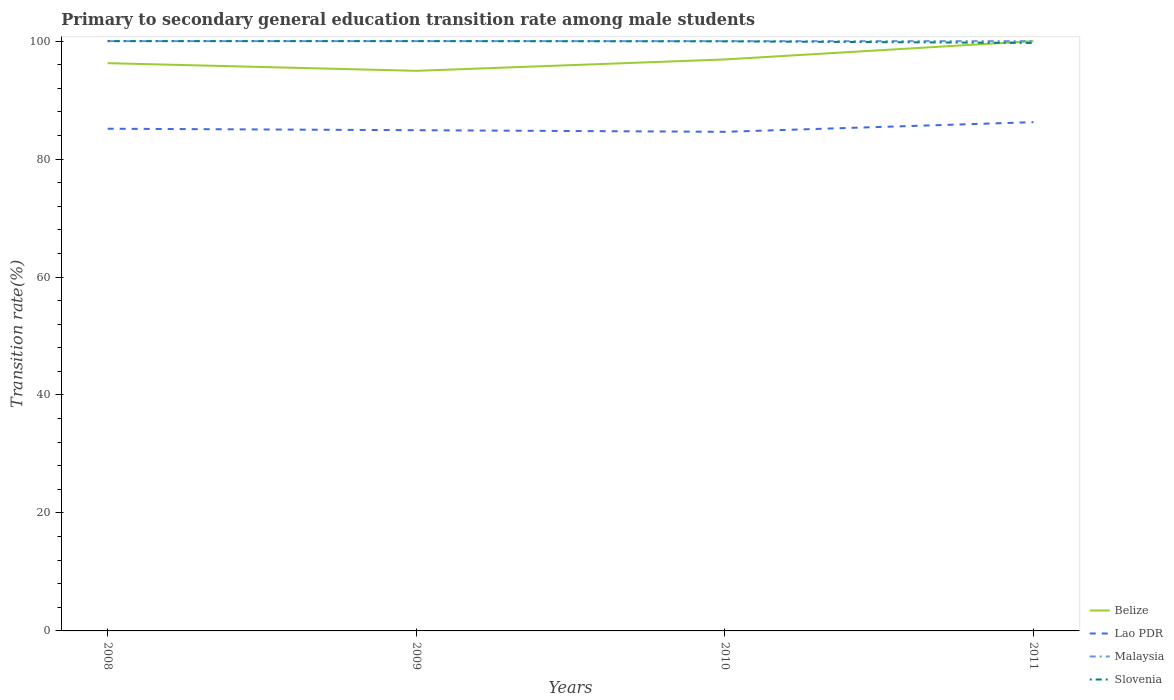
| Years | Belize | Lao PDR | Malaysia | Slovenia |
 | --- | --- | --- | --- | --- |
 | 2008 | 96.3 | 85.1 | 100 | 100 |
 | 2009 | 95 | 84.9 | 100 | 100 |
 | 2010 | 96.9 | 84.6 | 100 | 100 |
 | 2011 | 100 | 86.3 | 100 | 99.7 |